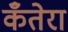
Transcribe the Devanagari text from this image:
कँतेरा